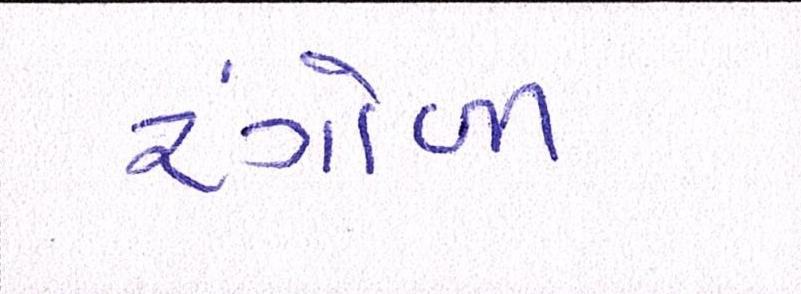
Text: રંગોળી